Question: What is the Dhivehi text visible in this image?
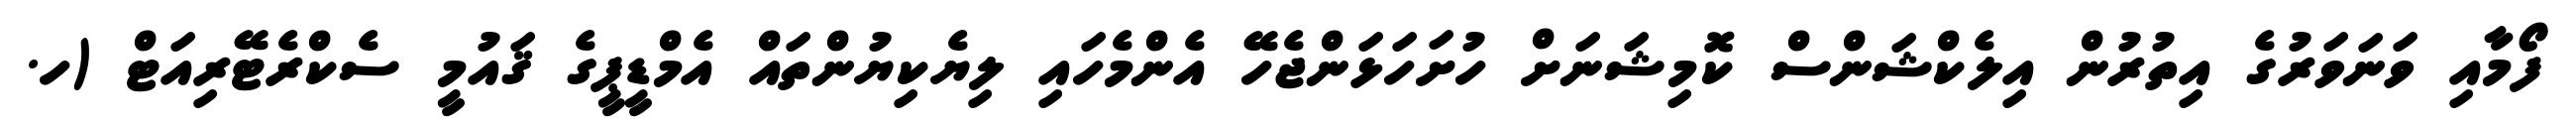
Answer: ފޯމާއި ވަނަވަރުގެ އިތުރުން އިލެކްޝަންސް ކޮމިޝަނަށް ހުށަހަޅަންޖެހޭ އެންމެހައި ލިޔެކިޔުންތައް އެމްޑީޕީގެ ޤައުމީ ސެކްރެޓޭރިއަޓް (ހ.